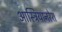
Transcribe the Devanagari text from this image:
आस्ट्रियानरेश